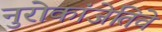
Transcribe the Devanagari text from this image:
नुरोकांजेतिवे